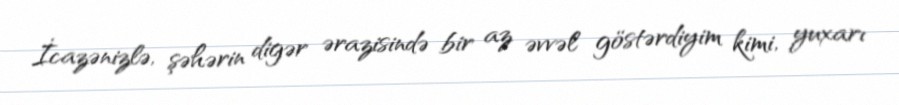
İcazənizlə, şəhərin digər ərazisində bir az əvvəl göstərdiyim kimi, yuxarı